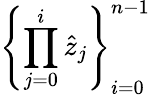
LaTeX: \left\{ \prod_{j=0}^{i}\hat{z}_{j}\right\} _{i=0}^{n-1}